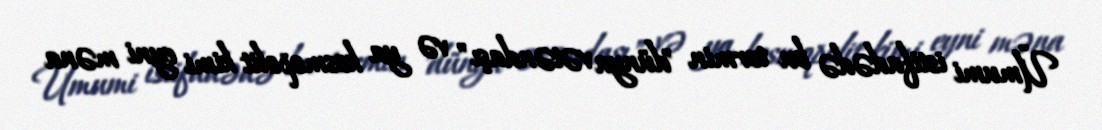
Ümumi istifadədə bu termin "dünya vətəndaşı" və ya kosmopolit kimi eyni məna